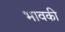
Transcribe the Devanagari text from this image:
भावकी